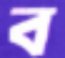
ব